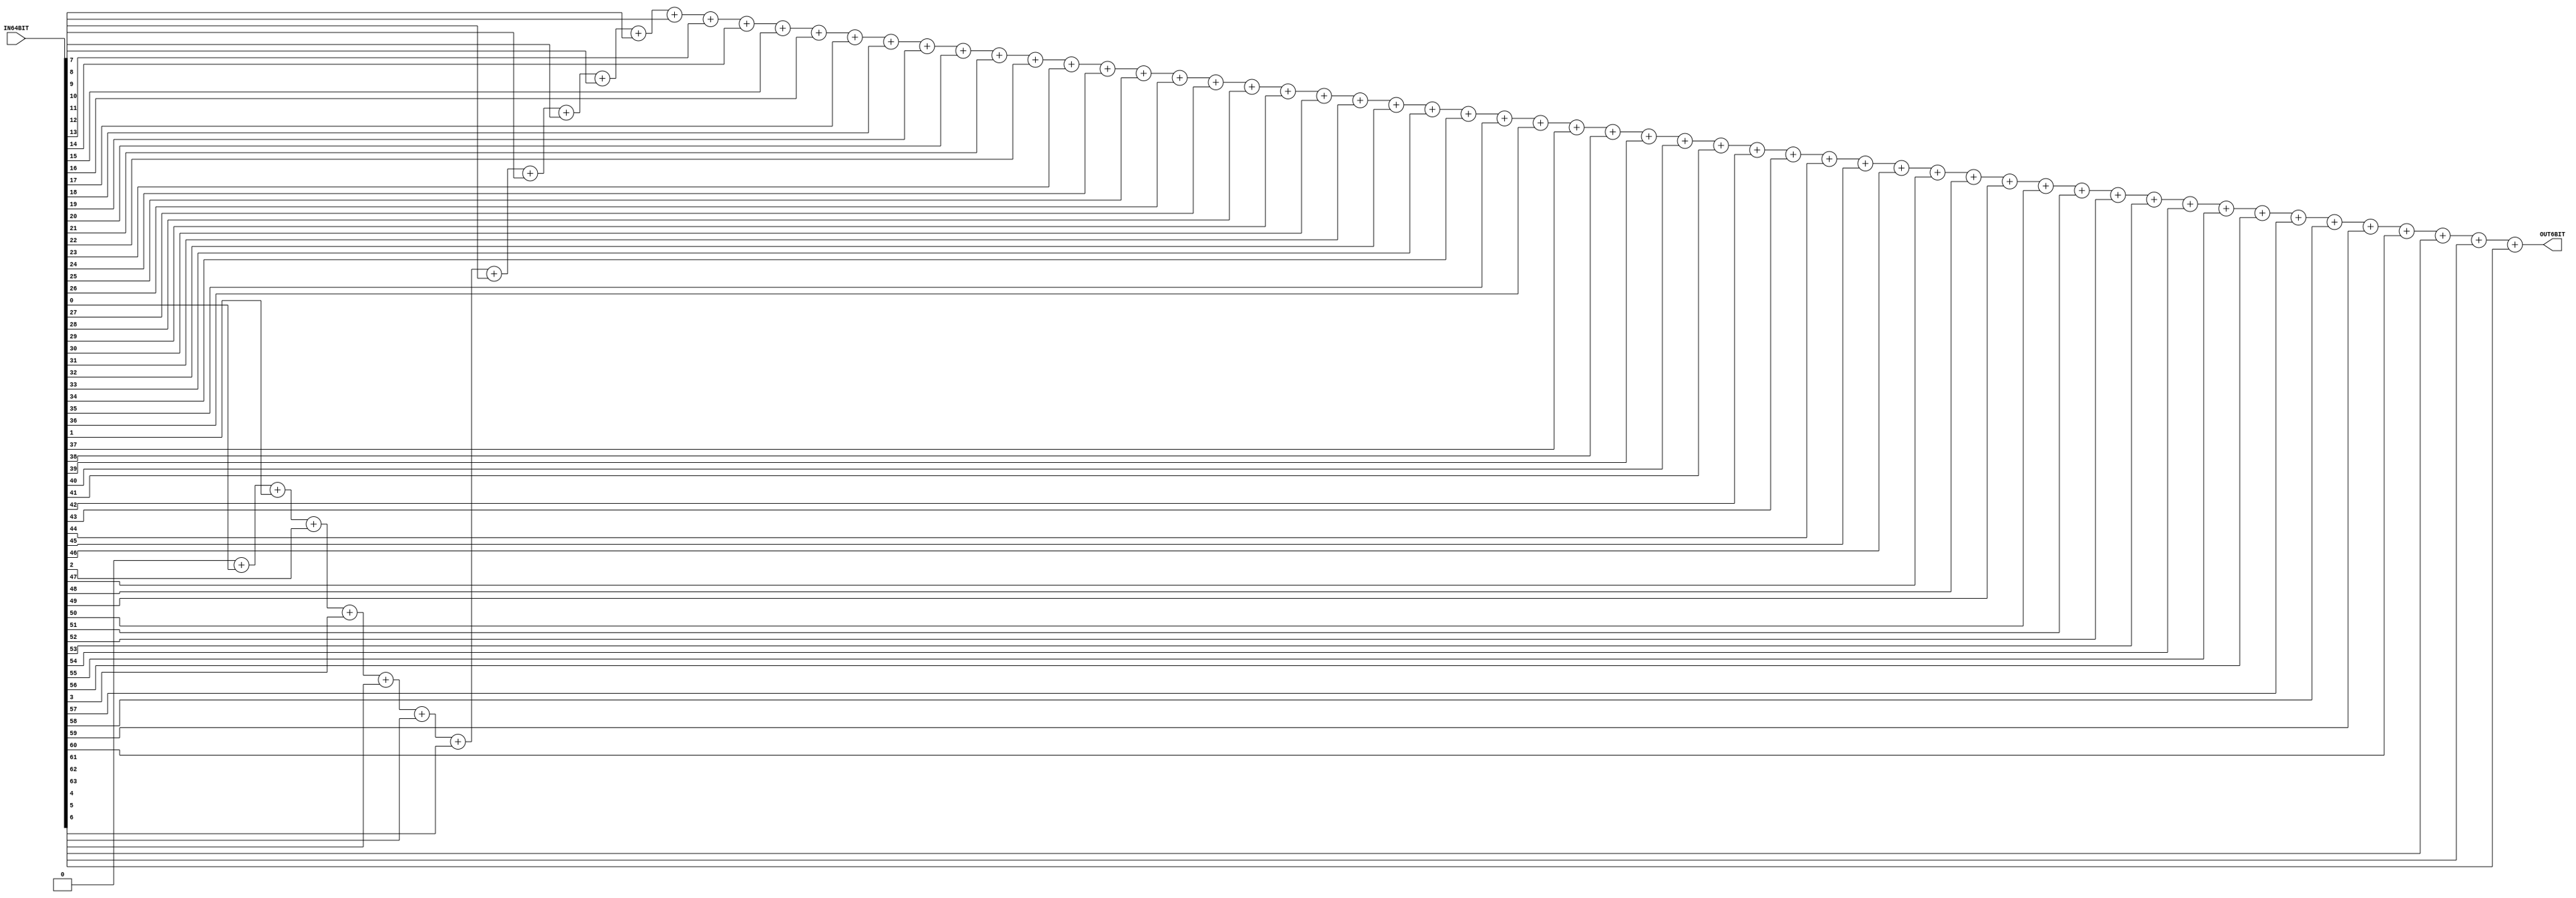
// -------------------------------------------------------
// Module Name: TDCDECODER
// Function: pure combinational logic
// Version: v1p0
// -------------------------------------------------------
module TDCDECODER (
IN64BIT,
OUT6BIT
);

input [63:0] IN64BIT;
output [5:0] OUT6BIT;

// wire [63:0] data64;
// wire [31:0] data32;
// wire [15:0] data16;
// wire [7:0] data8;
// wire [3:0] data4;
// wire [1:0] data2;
// wire [5:0] tdccnt;

// assign data64 = ~IN64BIT;
// assign tdccnt[5] = ~|data64[31:0];
// assign data32 = tdccnt[5] ? data64[63:32]: data64[31:0];
// assign tdccnt[4] = ~|data32[15:0];
// assign data16 = tdccnt[4] ? data32[31:16]: data32[15:0];
// assign tdccnt[3] = ~|data16[7:0];
// assign data8 = tdccnt[3] ? data16[15:8]: data16[7:0];
// assign tdccnt[2] = ~|data8[3:0];
// assign data4 = tdccnt[2] ? data8[7:4]: data8[3:0];
// assign tdccnt[1] = ~|data4[1:0];
// assign data2 = tdccnt[1] ? data4[3:2]: data4[1:0];
// assign tdccnt[0] = ~data2[0];

// assign OUT6BIT = 63 - tdccnt;

integer i;
integer sum;
always @* begin
	sum = 0;
	for (i=0; i<=63; i=i+1) begin
		sum = sum + IN64BIT[i];
	end
end

assign OUT6BIT = sum;

endmodule